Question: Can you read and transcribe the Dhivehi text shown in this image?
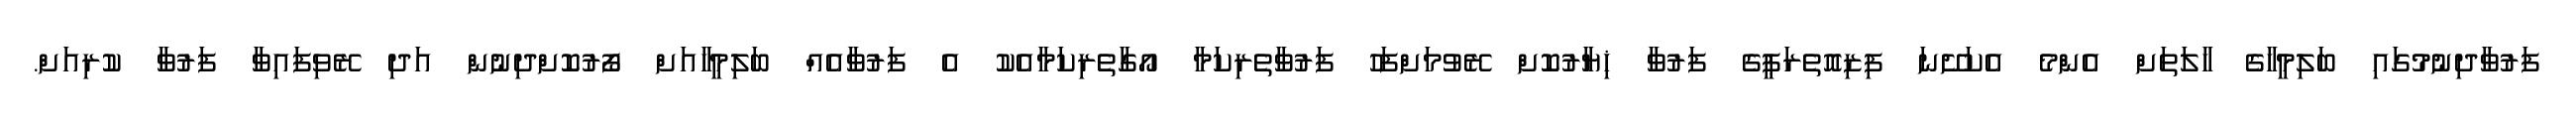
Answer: ފަރުވާދިނުމުގައި ބަލިމީހާގެ ހާލަތަށް އެންމެ އެކަށޭނަ ފިޒިއޮތެރަޕީގެ ފަރުވާ ޚިޔާރުކޮށް ރޭވުމަށްފަހު ފަރުވާތެރިކަމާ އޯގާތެރިކަމާއެކު އެ ފަރުވާއެއް ބަލިމީހާއަށް ފޯރުކޮށްދިނުން އަދި ރޭވިފައިވާ ފަރުވާ ކުރިއަށް.